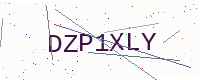
Text: DZP1XLY